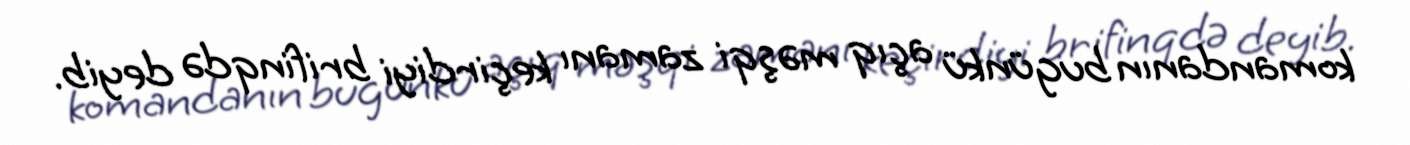
komandanın bugünkü açıq məşqi zamanı keçirdiyi brifinqdə deyib.